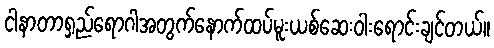
ငါနာတာရှည်ရောဂါအတွက်နောက်ထပ်မူးယစ်ဆေးဝါးရောင်းချင်တယ်။